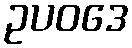
ဥပဝဒေ